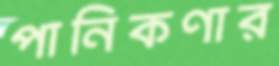
পানিকণার